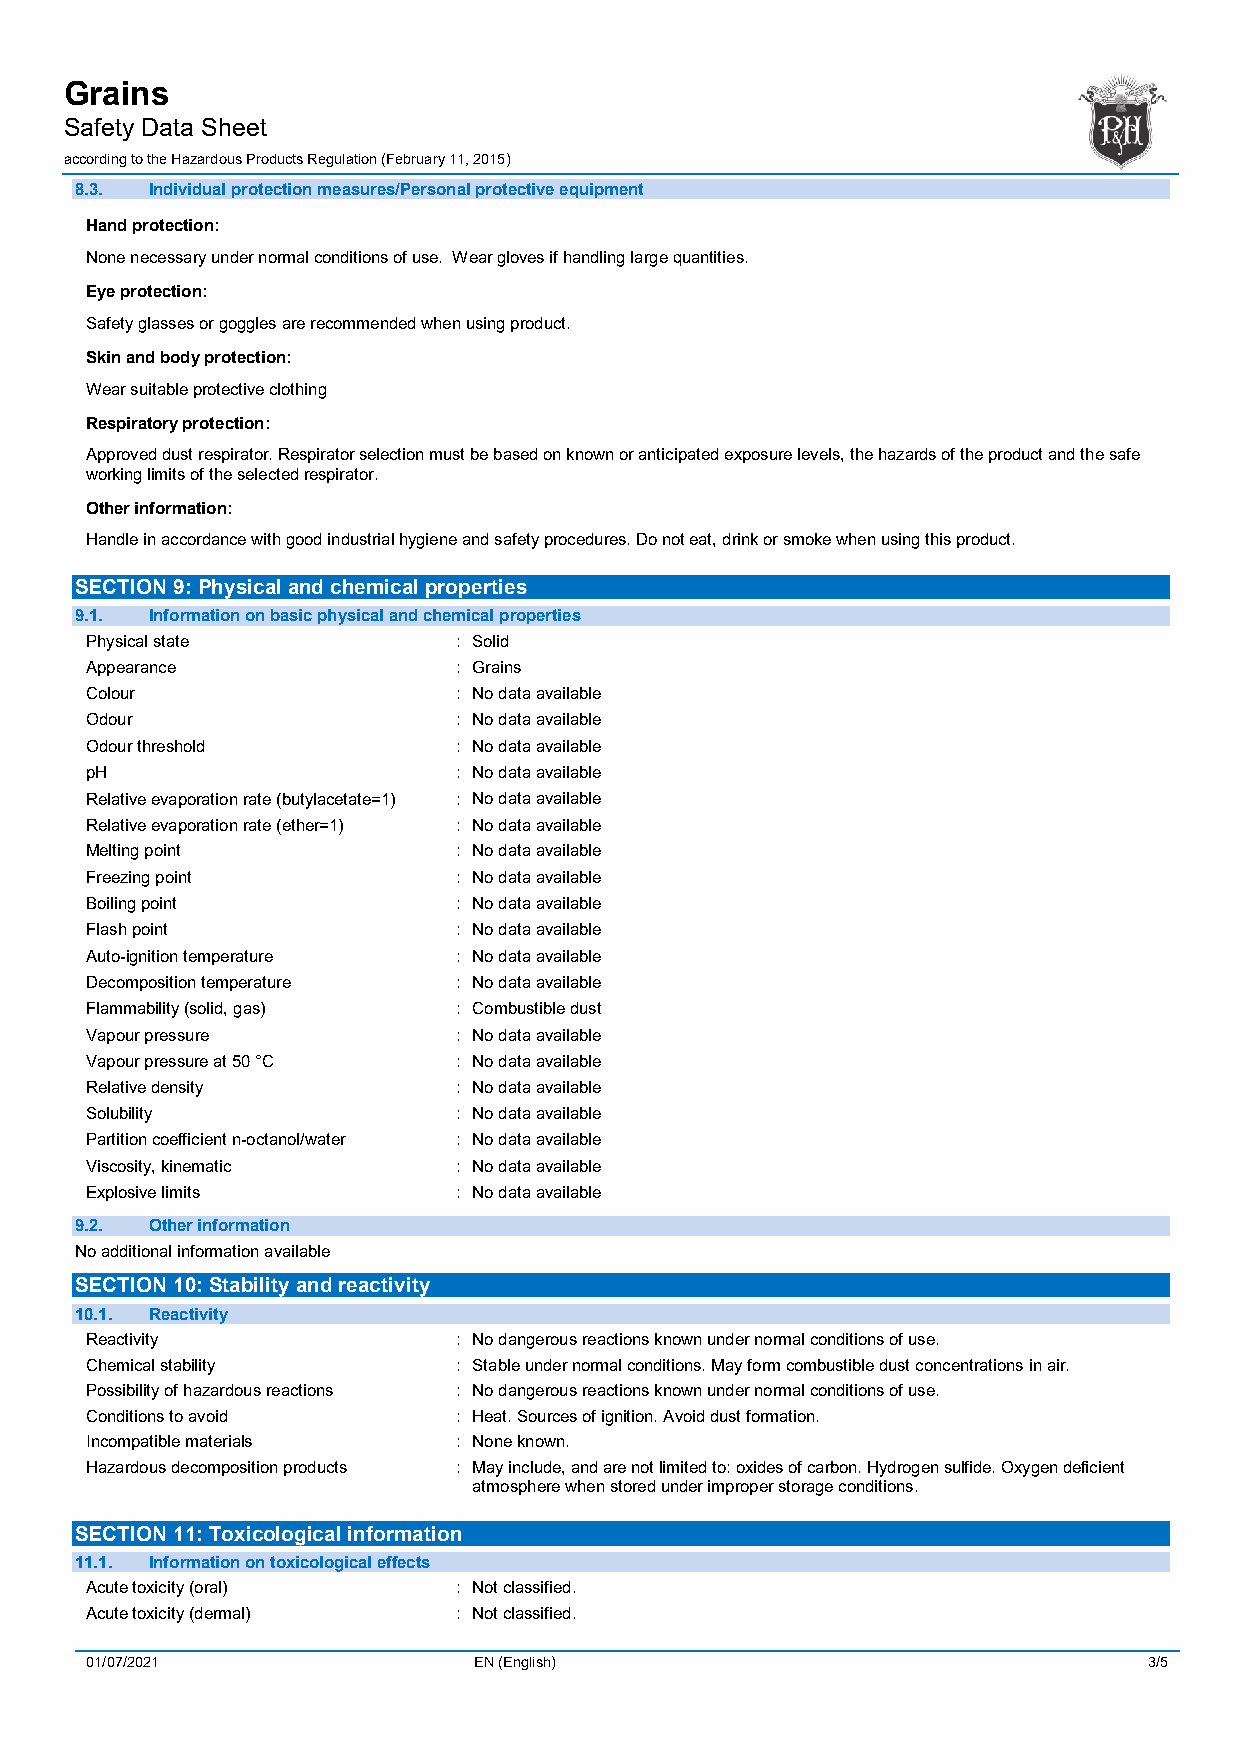
Grains
 Safety Data Sheet
 according to the Hazardous Products Regulation (February 11, 2015)
 8.3. Individual protection measures/Personal protective equipment
 Hand protection:
 None necessary under normal conditions of use. Wear gloves if handling large quantities.
 Eye protection:
 Safety glasses or goggles are recommended when using product.
 Skin and body protection:
 Wear suitable protective clothing
 Respiratory protection:
 Approved dust respirator. Respirator selection must be based on known or anticipated exposure levels, the hazards of the product and the safe
 working limits of the selected respirator.
 Other information:
 Handle in accordance with good industrial hygiene and safety procedures. Do not eat, drink or smoke when using this product.
 SECTION 9: Physical and chemical properties
 9.1. Information on basic physical and chemical properties
 Physical state          : Solid
 Appearance              : Grains
 Colour                  : No data available
 Odour                   : No data available
 Odour threshold         : No data available
 pH                      : No data available
 Relative evaporation rate (butylacetate=1) : No data available
 Relative evaporation rate (ether=1) : No data available
 Melting point           : No data available
 Freezing point          : No data available
 Boiling point           : No data available
 Flash point             : No data available
 Auto-ignition temperature : No data available
 Decomposition temperature : No data available
 Flammability (solid, gas) : Combustible dust
 Vapour pressure         : No data available
 Vapour pressure at 50 °C : No data available
 Relative density        : No data available
 Solubility              : No data available
 Partition coefficient n-octanol/water : No data available
 Viscosity, kinematic    : No data available
 Explosive limits        : No data available
 9.2. Other information
 No additional information available
 SECTION 10: Stability and reactivity
 10.1. Reactivity
 Reactivity              : No dangerous reactions known under normal conditions of use.
 Chemical stability      : Stable under normal conditions. May form combustible dust concentrations in air.
 Possibility of hazardous reactions : No dangerous reactions known under normal conditions of use.
 Conditions to avoid     : Heat. Sources of ignition. Avoid dust formation.
 Incompatible materials  : None known.
 Hazardous decomposition products : May include, and are not limited to: oxides of carbon. Hydrogen sulfide. Oxygen deficient
 atmosphere when stored under improper storage conditions.
 SECTION 11: Toxicological information
 11.1. Information on toxicological effects
 Acute toxicity (oral)   : Not classified.
 Acute toxicity (dermal) : Not classified.
 01/07/2021               EN (English)                                 3/5